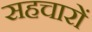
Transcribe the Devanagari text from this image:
सहचारों